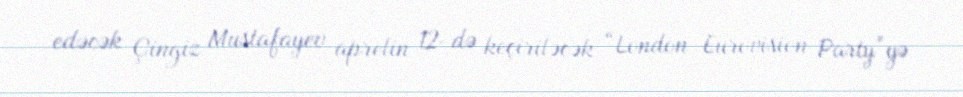
edəcək Çingiz Mustafayev aprelin 12-də keçiriləcək “London Eurovision Party”yə